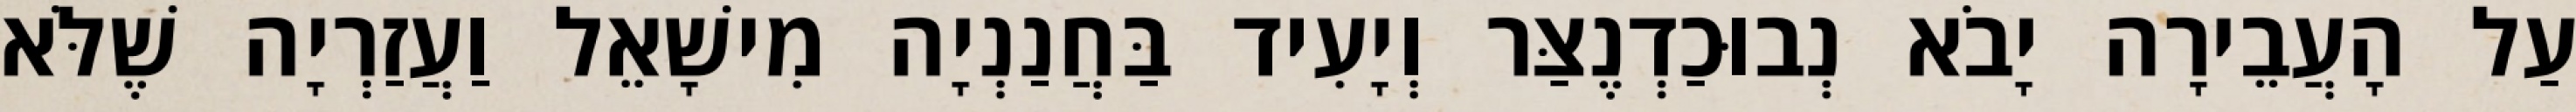
עַל הָעֲבֵירָה יָבֹא נְבוּכַדְנֶצַּר וְיָעִיד בַּחֲנַנְיָה מִישָׁאֵל וַעֲזַרְיָה שֶׁלֹּא